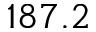
1 8 7 . 2